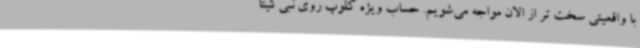
با واقعیتی سخت تر از الان مواجه می‌شویم. حساب ویژه کلوپ روی نبی‌کیتا